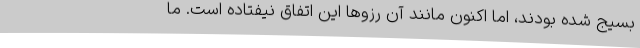
بسیج شده بودند، اما اکنون مانند آن رزوها این اتفاق نیفتاده است. ما